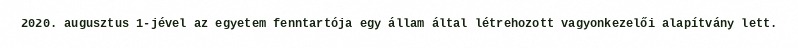
2020. augusztus 1-jével az egyetem fenntartója egy állam által létrehozott vagyonkezelői alapítvány lett.